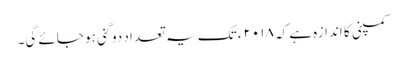
کمپنی کا اندازہ ہے کہ ۲۰۱۸ ء تک یہ تعداد دو گنی ہو جائے گی۔